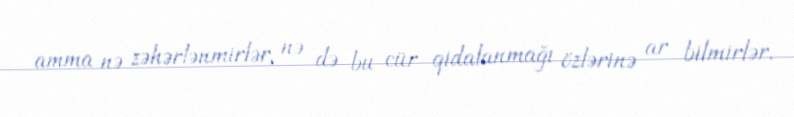
amma nə zəhərlənmirlər, nə də bu cür qidalanmağı özlərinə ar bilmirlər.